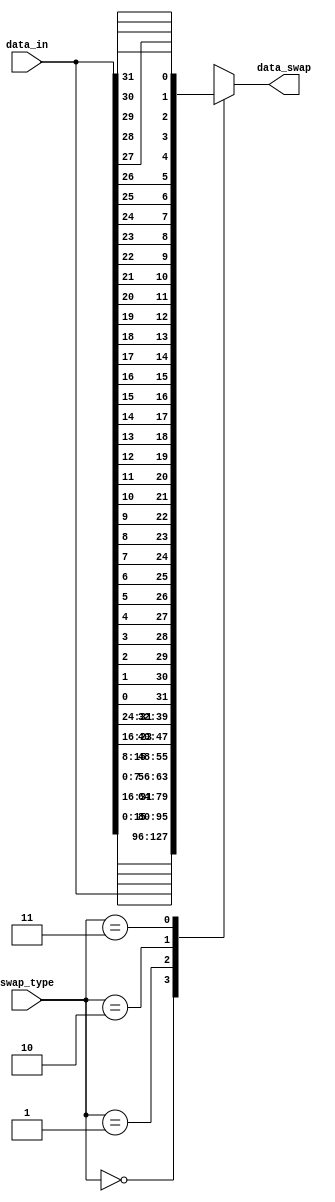
//////////////////////////////////////////////////////////////////
////
////
//// 	AES CORE BLOCK
////
////
////
//// This file is part of the APB to I2C project
////
//// http://www.opencores.org/cores/apbi2c/
////
////
////
//// Description
////
//// Implementation of APB IP core according to
////
//// aes128_spec IP core specification document.
////
////
////
//// To Do: Things are right here but always all block can suffer changes
////
////
////
////
////
//// Author(s): - Felipe Fernandes Da Costa, fefe2560@gmail.com
////		  Julio Cesar 
////
///////////////////////////////////////////////////////////////// 
////
////
//// Copyright (C) 2009 Authors and OPENCORES.ORG
////
////
////
//// This source file may be used and distributed without
////
//// restriction provided that this copyright statement is not
////
//// removed from the file and that any derivative work contains
//// the original copyright notice and the associated disclaimer.
////
////
//// This source file is free software; you can redistribute it
////
//// and/or modify it under the terms of the GNU Lesser General
////
//// Public License as published by the Free Software Foundation;
//// either version 2.1 of the License, or (at your option) any
////
//// later version.
////
////
////
//// This source is distributed in the hope that it will be
////
//// useful, but WITHOUT ANY WARRANTY; without even the implied
////
//// warranty of MERCHANTABILITY or FITNESS FOR A PARTICULAR
////
//// PURPOSE. See the GNU Lesser General Public License for more
//// details.
////
////
////
//// You should have received a copy of the GNU Lesser General
////
//// Public License along with this source; if not, download it
////
//// from http://www.opencores.org/lgpl.shtml
////
////
///////////////////////////////////////////////////////////////////
module data_swap
#(
	parameter WIDTH = 32
)(
	//OUTPUTS
	output [WIDTH - 1:0] data_swap,
	//INPUTS
	input  [WIDTH - 1:0] data_in,
	input  [ 1:0] swap_type
);

//=====================================================================================
// Swap Types
//=====================================================================================
localparam NO_SWAP        = 2'b00;
localparam HALF_WORD_SWAP = 2'b01;
localparam BYTE_SWAP      = 2'b10;
localparam BIT_SWAP       = 2'b11;

localparam TYPES = 4;

wire [WIDTH - 1 : 0] words[0 : TYPES - 1];

generate
	genvar i, j;
	for(i = 0; i < TYPES; i = i + 1)
	begin:BLOCK
		for(j = 0; j < WIDTH; j = j + 1)
			begin: SUB_BLOCK
				if(i != 3)
					assign words[i][j] = data_in[(WIDTH - (WIDTH/2**i)) - 2*(WIDTH/2**i)*(j/(WIDTH/2**i)) + j];
				else
					assign words[i][j] = data_in[WIDTH - 1 - j];
			end
	end
endgenerate

assign data_swap = words[swap_type];

endmodule